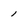
Character: 1